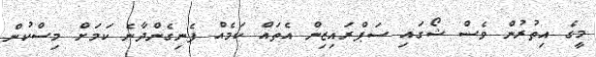
މީގެ އިތުރުން ވެސް ޝޯގައި ސަޕްރައިޒިން އެތައް ކަމެއް ފެނިގެންދާނެ ކަމަށް މިސްކުން